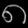
Digit: ၈